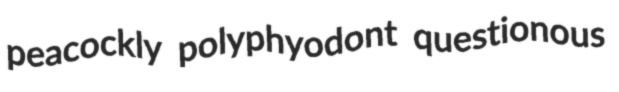
peacockly polyphyodont questionous